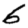
Digit: 6